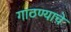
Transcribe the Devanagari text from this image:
गाठण्याचे